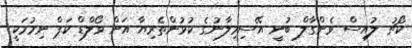
ކޯޗު ލުއިސް ވެންގާލް ބުނީ އޭސިމިލާނުގެ ކުޅުންތެރިޔާ އަށް ވޯލްޑް ކަޕް ނިމުމަކީ